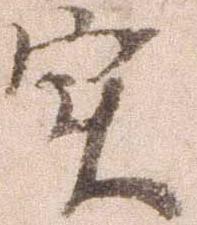
実